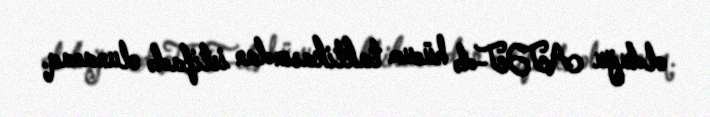
olduğu ATƏT-də hücum taktikasından istifadə olunacaq.